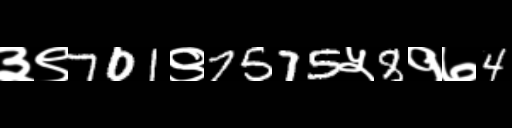
Text: ३९701९7575५8१७4